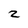
Character: z